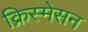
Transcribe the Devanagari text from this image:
क्रिस्मेसन